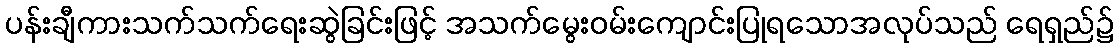
ပန်းချီကားသက်သက်ရေးဆွဲခြင်းဖြင့် အသက်မွေးဝမ်းကျောင်းပြုရသောအလုပ်သည် ရေရှည်၌